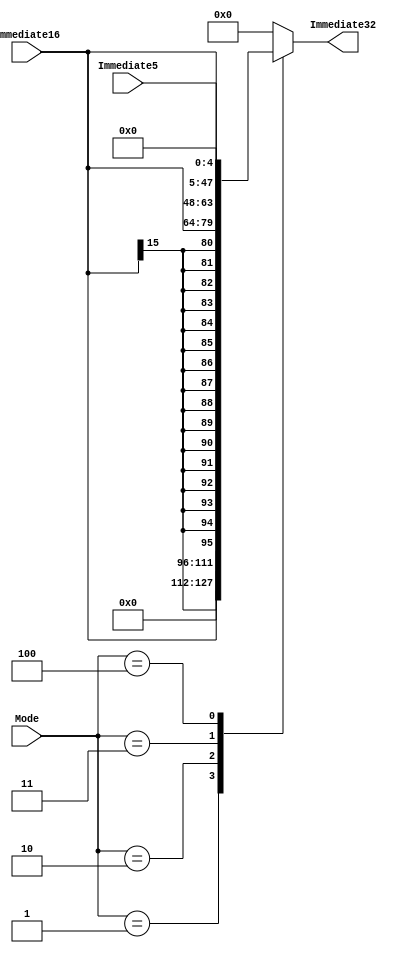
`timescale 1ns / 1ps
//////////////////////////////////////////////////////////////////////////////////
// Company: 
// 
// Design Name: 
// Module Name:    Extender 
// Project Name: 
// Target Devices: 
// Tool versions: 
// Description: 
//
// Dependencies: 
//
// Revision: 
// Revision 0.01 - File Created
// Additional Comments: 
//
//////////////////////////////////////////////////////////////////////////////////
module Extender(
	input [2:0] Mode,
	input [10:6] Immediate5,
	input [15:0] Immediate16,
	
	output reg [31:0] Immediate32
    );
	
	always@(*) begin
		case(Mode)
			3'b001: Immediate32<={16'b0,Immediate16};//zero_high_16b
			3'b010: Immediate32<={{16{Immediate16[15]}},Immediate16};//sign_16b
			3'b011: Immediate32<={Immediate16,16'b0};//zero_low_16b
			3'b100: Immediate32<={27'b0,Immediate5};//sa_zero_high_5b
			default: Immediate32<=32'b0;
		endcase
	end


endmodule